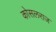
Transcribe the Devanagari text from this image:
कोसलराज